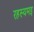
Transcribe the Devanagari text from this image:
रहस्यमइ